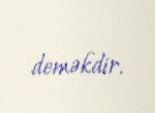
deməkdir.